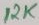
Text: RK